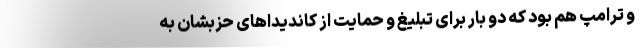
و ترامپ هم بود که دو بار برای تبلیغ و حمایت از کاندیداهای حزبشان به